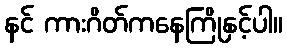
နင် ကားဂိတ်ကနေကြိုနှင့်ပါ။